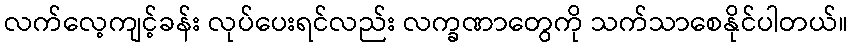
လက်လေ့ကျင့်ခန်း လုပ်ပေးရင်လည်း လက္ခဏာတွေကို သက်သာစေနိုင်ပါတယ်။